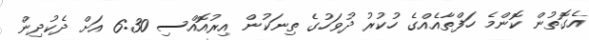
އެގޮތުން ކޮންމެ ހަފްތާއެއްގެ ހުކުރު ދުވަހުގެ ތިނަކުން އިރުއޮއްސި 6:30 އަށް ދެކުދިން